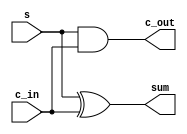
`timescale 1ns / 1ps
module half_adder2(
    input s,c_in,
    output sum,c_out
    );
    xor(sum, s, c_in);
    and(c_out, s, c_in);
endmodule